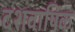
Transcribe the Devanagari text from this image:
दशवार्षिक